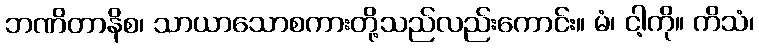
ဘဏိတာနိစ၊ သာယာသောစကားတို့သည်လည်းကောင်း။ မံ၊ ငါ့ကို။ ကိသံ၊